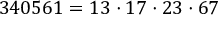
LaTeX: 3 4 0 5 6 1 = 1 3 \cdot 1 7 \cdot 2 3 \cdot 6 7